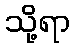
သို့ရာ